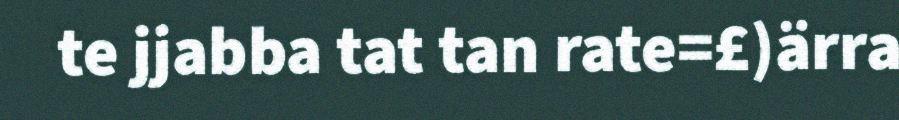
te jjabba tat tan rate=£)ärra